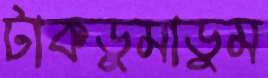
টাকডুমাডুম